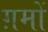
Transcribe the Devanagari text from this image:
ग़मों